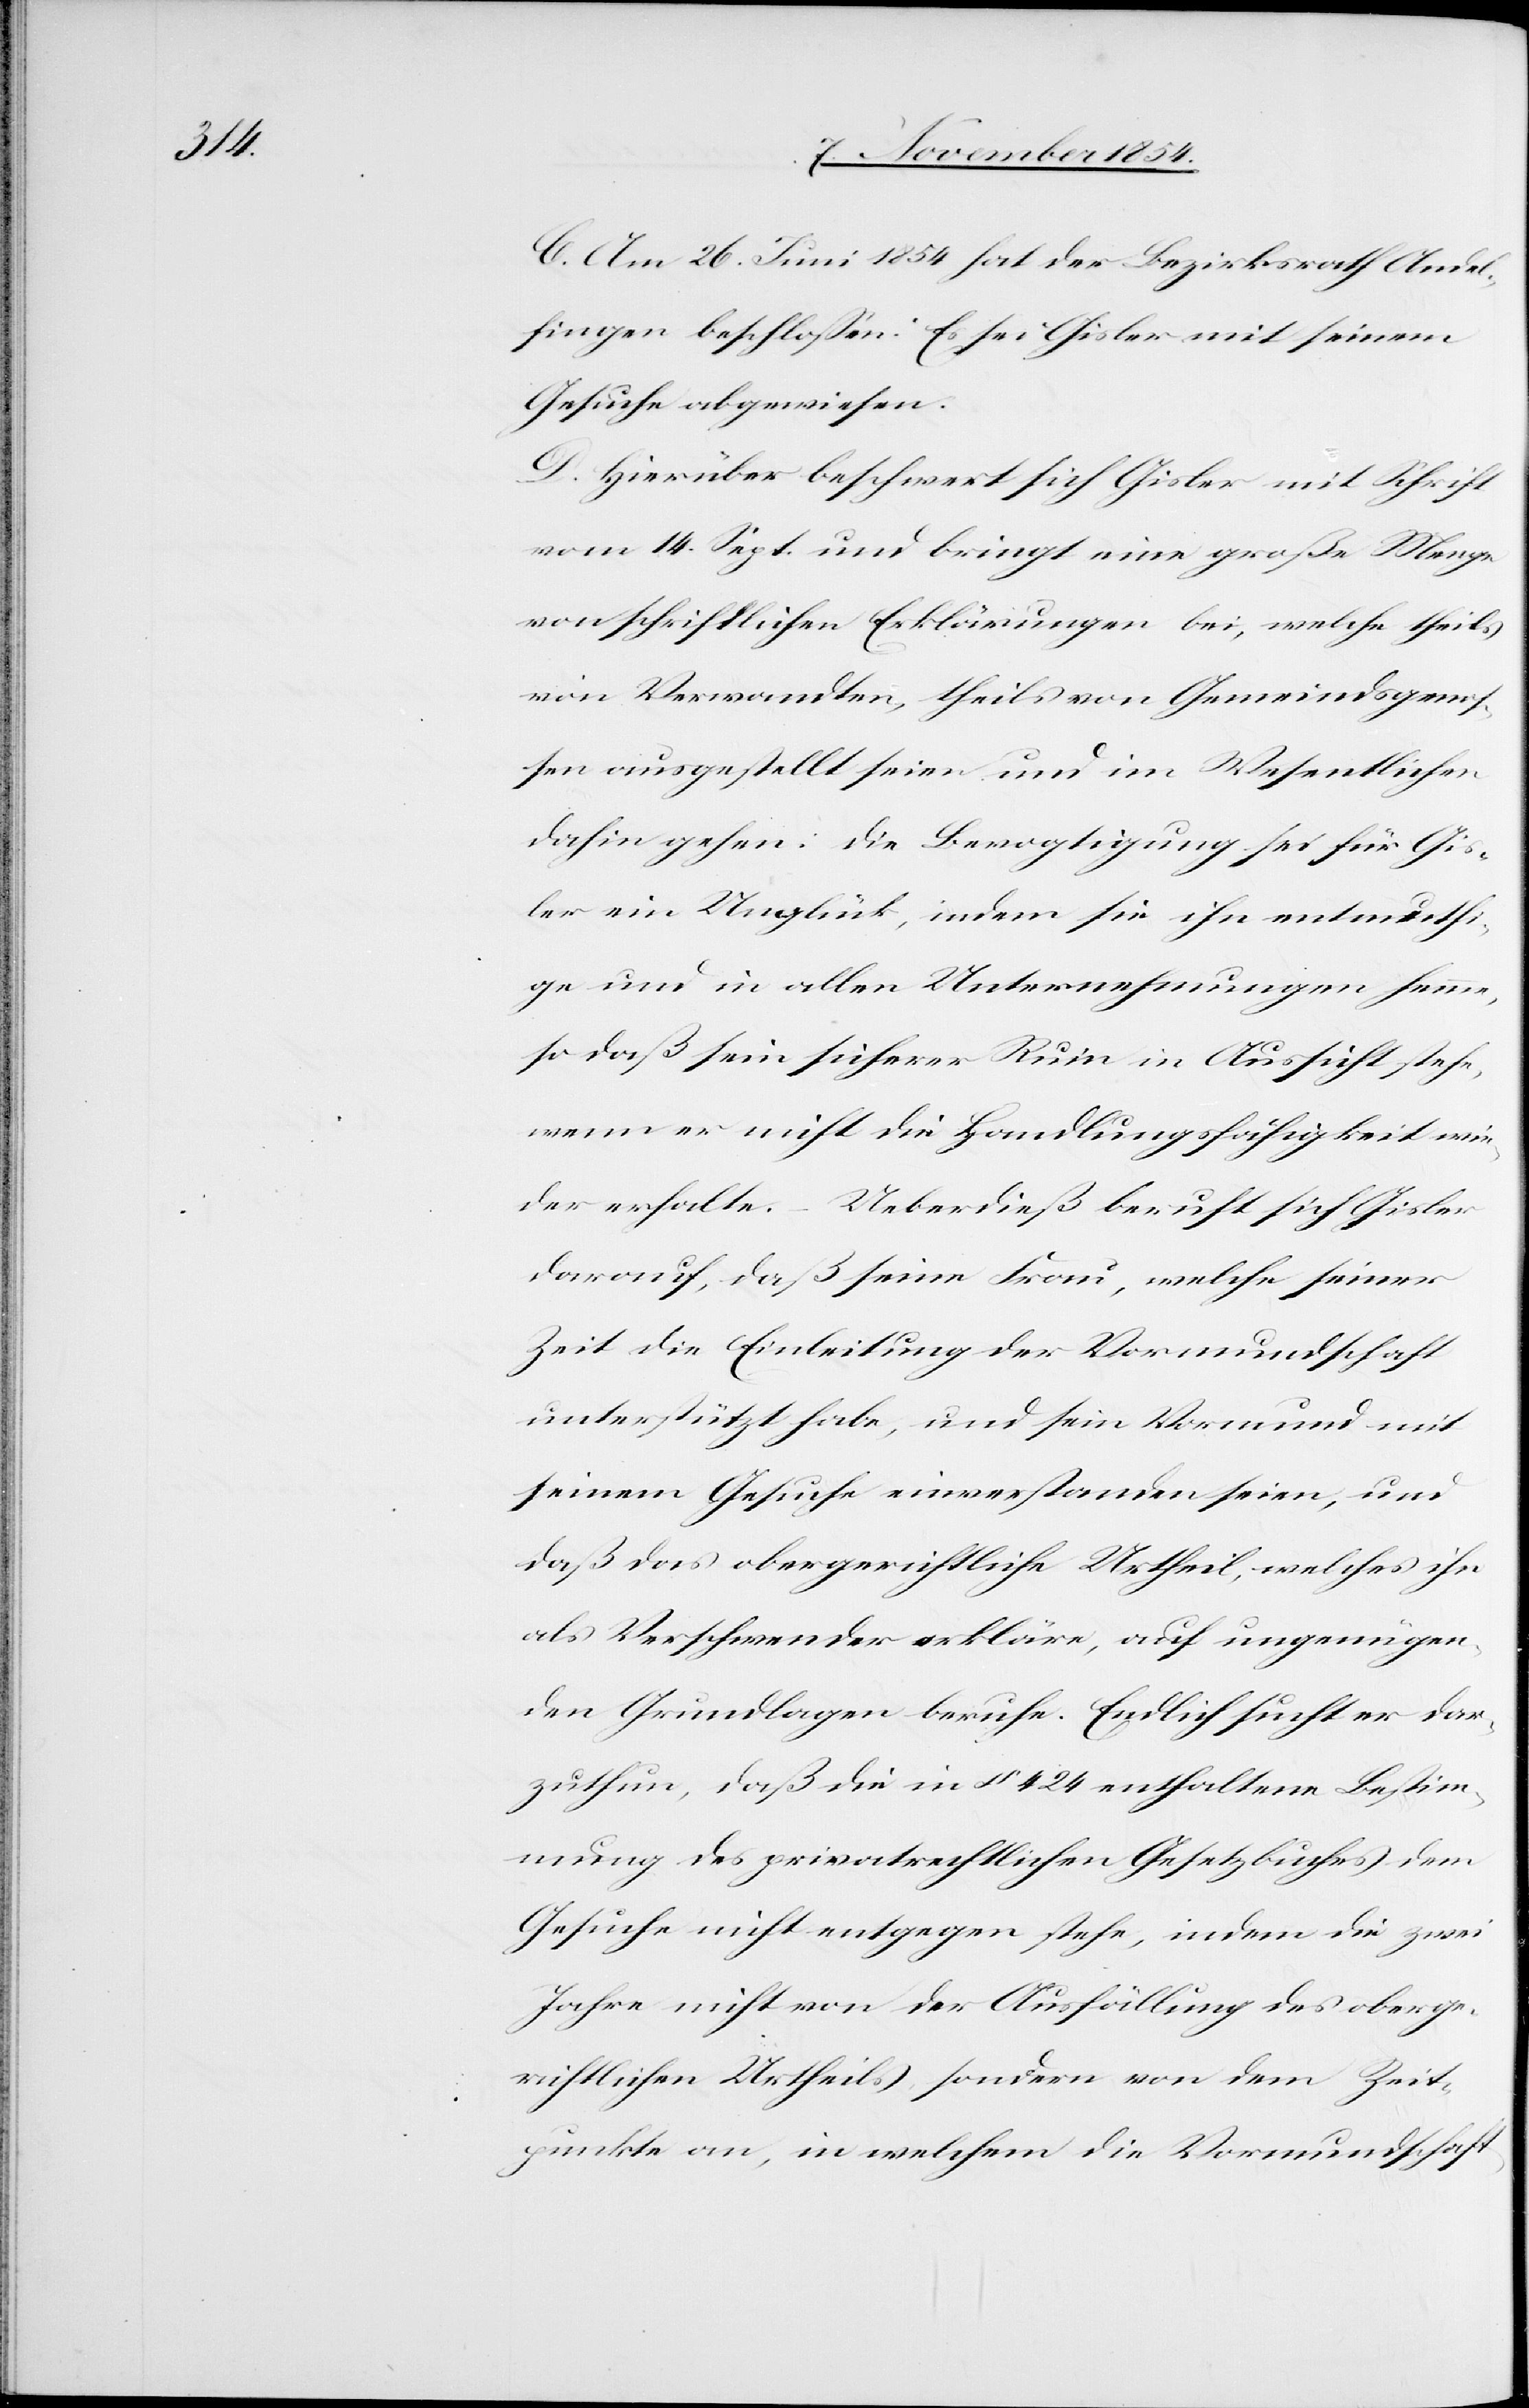
C. Am 26. Juni 1854 hat der Bezirksrath Andel¬
fingen beschloßen: Es sei Gisler mit seinem
Gesuche abgewiesen.
D. Hierüber beschwert sich Gisler mit Schrift
vom 14. Sept. und bringt eine große Menge
an schriftlichen Erklärungen bei, welche theils
von Verwandten, theils von Gemeindsgenoß¬
en ausgestellt seien und im Wesentlichen
dahin gehen: die Bevogtigung sei für Gis¬
ler ein Unglück, indem sie ihn entmuthi¬
ge und in allen Unternehmungen hemme,
so daß sein sicherer Ruin in Aussicht stehe,
wenn er nicht die Handlungsfähigkeit wie¬
der erhalte. – Ueberdieß beruft sich Gisler
darauf, daß seine Frau, welche seiner
Zeit die Einleitung der Vormundschaft
unterstützt habe, und sein Vormund mit
seinem Gesuche einverstanden seien, und
daß das obergerichtliche Urtheil, welches ihn
als Verschwender erkläre, auf ungenügen¬
den Grundlagen beruhe. Endlich sucht er dar¬
zuthun, daß die in § 424 enthaltene Bestim¬
mung des privatrechtlichen Gesetzbuches dem
Gesuche nicht entgegen stehe, indem die zwei
Jahre nicht von der Ausfällung des oberge¬
richtlichen Urtheils sondern von dem Zeit¬
punkte an, in welchem die Vormundschaft